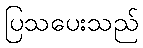
ပြသပေးသည်